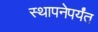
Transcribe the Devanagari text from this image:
स्थापनेपर्यंत